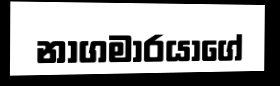
නාගමාරයාගේ